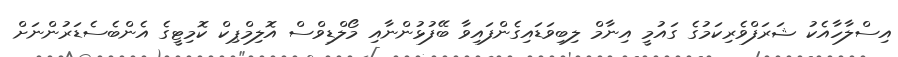
އިސްލާހާއެކު ޝަރަފްވެރިކަމުގެ ގައުމީ އިނާމް ލިބިވަޑައިގެންފައިވާ ބޭފުޅުންނާއި މޯލްޑިވްސް އޮލިމްޕިކް ކޮމިޓީގެ އެންބެސެޑަރުންނަށް